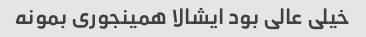
خیلی عالی بود ایشالا همینجوری بمونه